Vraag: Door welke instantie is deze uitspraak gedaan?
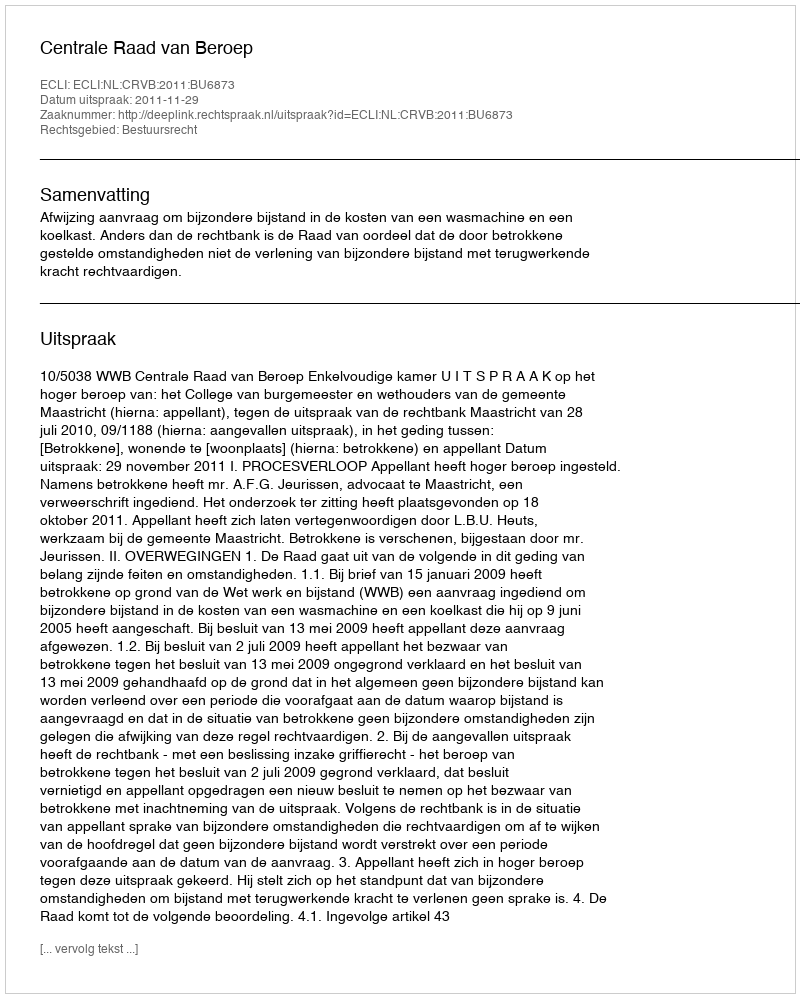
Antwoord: Centrale Raad van Beroep